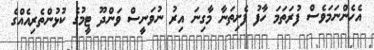
އެހެންނަމަވެސް ފުރަތަމަ ހާފު ފެށިތަނާ މާގިނަ އިރު ނުވަނީސް ވަންދޫ ޓީމުގެ ކުޅުންތެރިއެއްގެ